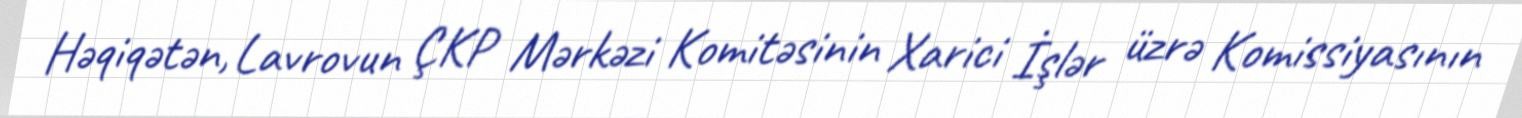
Həqiqətən, Lavrovun ÇKP Mərkəzi Komitəsinin Xarici İşlər üzrə Komissiyasının